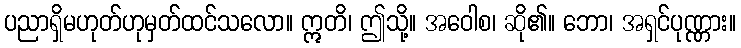
ပညာရှိမဟုတ်ဟုမှတ်ထင်သလော။ ဣတိ၊ ဤသို့။ အဝေါစ၊ ဆို၏။ ဘော၊ အရှင်ပုဏ္ဏား။